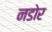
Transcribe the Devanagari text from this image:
नडोर